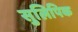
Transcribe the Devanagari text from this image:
सुलिपिक